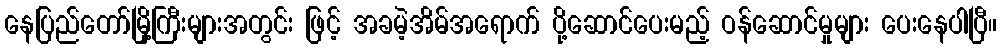
နေပြည်တော်မြို့ကြီးများအတွင်း ဖြင့် အခမဲ့အိမ်အရောက် ပို့ဆောင်ပေးမည့် ဝန်ဆောင်မှုများ ပေးနေပါပြီ။